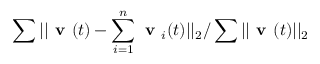
\sum | | \textbf { v } ( t ) - \sum _ { i = 1 } ^ { n } { \textbf { v } _ { i } ( t ) } | | _ { 2 } / \sum | | \textbf { v } ( t ) | | _ { 2 }